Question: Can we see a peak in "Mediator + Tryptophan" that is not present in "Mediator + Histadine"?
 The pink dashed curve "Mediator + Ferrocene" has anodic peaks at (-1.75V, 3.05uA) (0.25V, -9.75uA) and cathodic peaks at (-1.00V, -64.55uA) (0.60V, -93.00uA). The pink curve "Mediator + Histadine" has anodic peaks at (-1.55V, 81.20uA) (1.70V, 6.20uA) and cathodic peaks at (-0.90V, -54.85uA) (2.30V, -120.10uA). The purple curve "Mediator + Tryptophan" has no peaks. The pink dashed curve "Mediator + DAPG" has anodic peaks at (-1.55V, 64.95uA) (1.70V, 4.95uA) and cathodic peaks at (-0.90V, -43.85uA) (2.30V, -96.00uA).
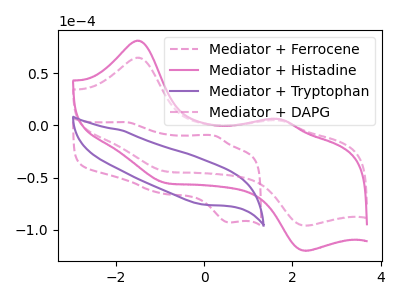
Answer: <think>"Mediator + Tryptophan" and "Mediator + Histadine" have a different number of peaks.
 </think>
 <answer>Yes, "Mediator + Tryptophan" and "Mediator + Histadine" are different in shape.</answer>
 <eval>yes_change</eval>